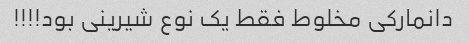
دانمارکی مخلوط فقط یک نوع شیرینی بود!!!!